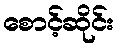
စောင့်ဆိုင်း